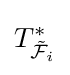
T_{{\tilde {\mathcal {F}}}_{i}}^{\ast }